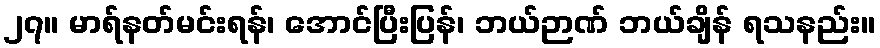
၂၇။ မာရ်နတ်မင်းရန်၊ အောင်ပြီးပြန်၊ ဘယ်ဉာဏ် ဘယ်ချိန် ရသနည်း။